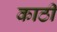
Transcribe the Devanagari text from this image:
काठी